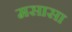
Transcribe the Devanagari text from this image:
मसासा